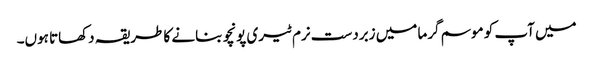
میں آپ کو موسم گرما میں زبردست نرم ٹیری پونچو بنانے کا طریقہ دکھاتا ہوں۔